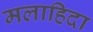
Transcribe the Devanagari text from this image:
मलाहिदा